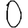
Digit: 0